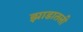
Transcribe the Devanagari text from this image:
झाडातली